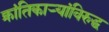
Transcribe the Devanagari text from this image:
क्रांतिकाऱ्यांविरुद्ध